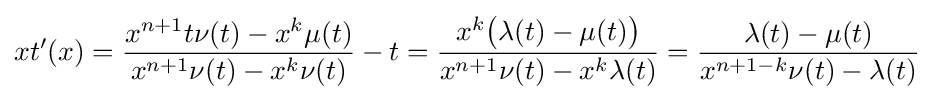
xt'(x)={\frac {x^{n+1}t\nu (t)-x^{k}\mu (t)}{x^{n+1}\nu (t)-x^{k}\nu (t)}}-t={\frac {x^{k}{\big (}\lambda (t)-\mu (t){\big )}}{x^{n+1}\nu (t)-x^{k}\lambda (t)}}={\frac {\lambda (t)-\mu (t)}{x^{n+1-k}\nu (t)-\lambda (t)}}